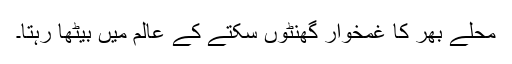
محلے بھر کا غمخوار گھنٹوں سکتے کے عالم میں بیٹھا رہتا۔